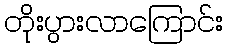
တိုးပွားလာကြောင်း